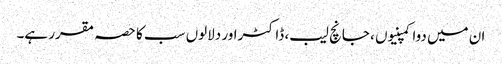
ان میں دوا کمپنیوں ، جانچ لیب، ڈاکٹراور دلالوں سب کا حصہ مقرر ہے۔